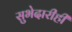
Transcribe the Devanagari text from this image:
सुभेदारीही